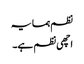
نظم ہمسایہ
اچھی نظم ہے۔